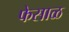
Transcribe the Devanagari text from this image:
फेसाळ